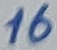
Text: 16